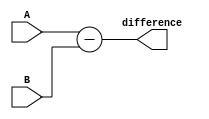
module subtractor(input [3:0] A, B,
                  output reg [3:0] difference);

  // Combinational logic for subtraction
  assign difference = A - B;

endmodule